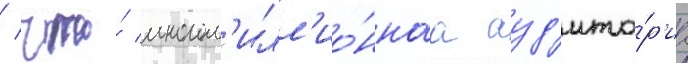
/ что́ многом'илл'ио́ннаа ауд'ито́р'иа